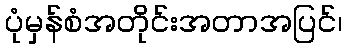
ပုံမှန်စံအတိုင်းအတာအပြင်၊